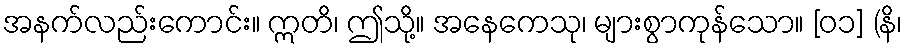
အနက်လည်းကောင်း။ ဣတိ၊ ဤသို့။ အနေကေသု၊ များစွာကုန်သော။ [၀၁] (နိ၊